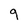
Character: 9